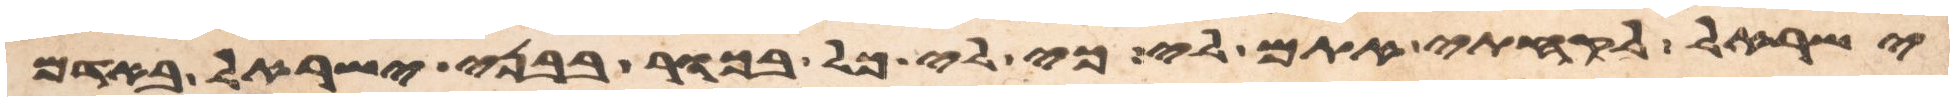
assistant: ישראל לקחתי אתם לי כי לי כל בכור בבני ישראל באדם